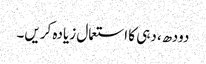
دودھ، دہی کا استعمال زیادہ کریں۔